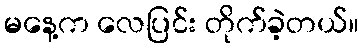
မနေ့က လေပြင်း တိုက်ခဲ့တယ်။